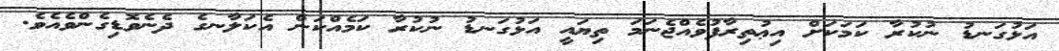
އަޅުގަނޑު ނުކުރާ ކަމަކަށް އިޢުތިރާފުވެއްޖެނަމަ ތިޔައީ އަޅުގަނޑު ނުކުރާ ކަމެއްކަން އެކަލާނގެ ދެނެވޮޑިގެންވެއެވެ.